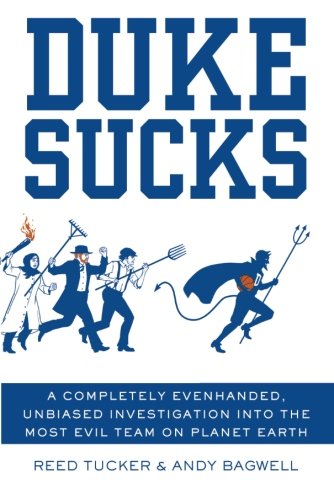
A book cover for Duke Sucks: A Completely Evenhanded, Unbiased Investigation into the Most Evil Team on Planet Earth; Reed Tucker; Humor & Entertainment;